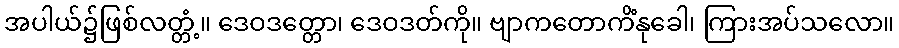
အပါယ်၌ဖြစ်လတ္တံ့။ ဒေဝဒတ္တော၊ ဒေဝဒတ်ကို။ ဗျာကတောကိံနုခေါ၊ ကြားအပ်သလော။